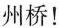
州桥！